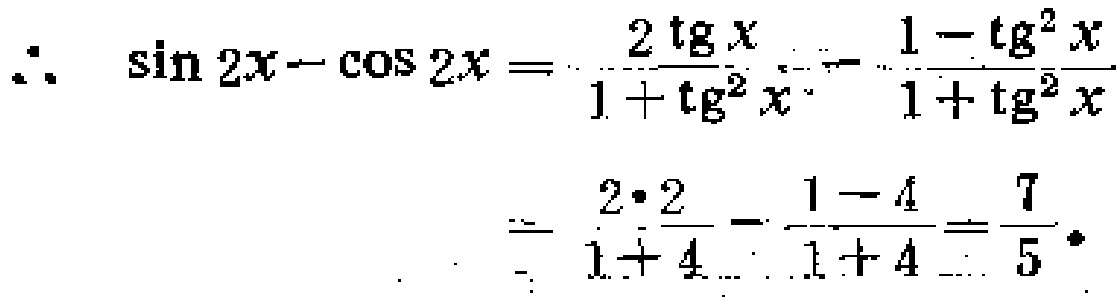
\(\therefore \sin 2x - \cos 2x = \frac{2\operatorname{tg}x}{1 + \operatorname{tg}^{2}x} - \frac{1 - \operatorname{tg}^{2}x}{1 + \operatorname{tg}^{2}x}=\frac{2\cdot 2}{1 + 4} - \frac{1 - 4}{1 + 4} = \frac{7}{5}\)